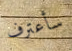
سأعترف